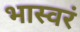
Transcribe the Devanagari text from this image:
भास्वरं